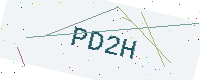
Text: PD2H